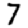
Digit: 7